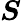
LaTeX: \boldsymbol{S}